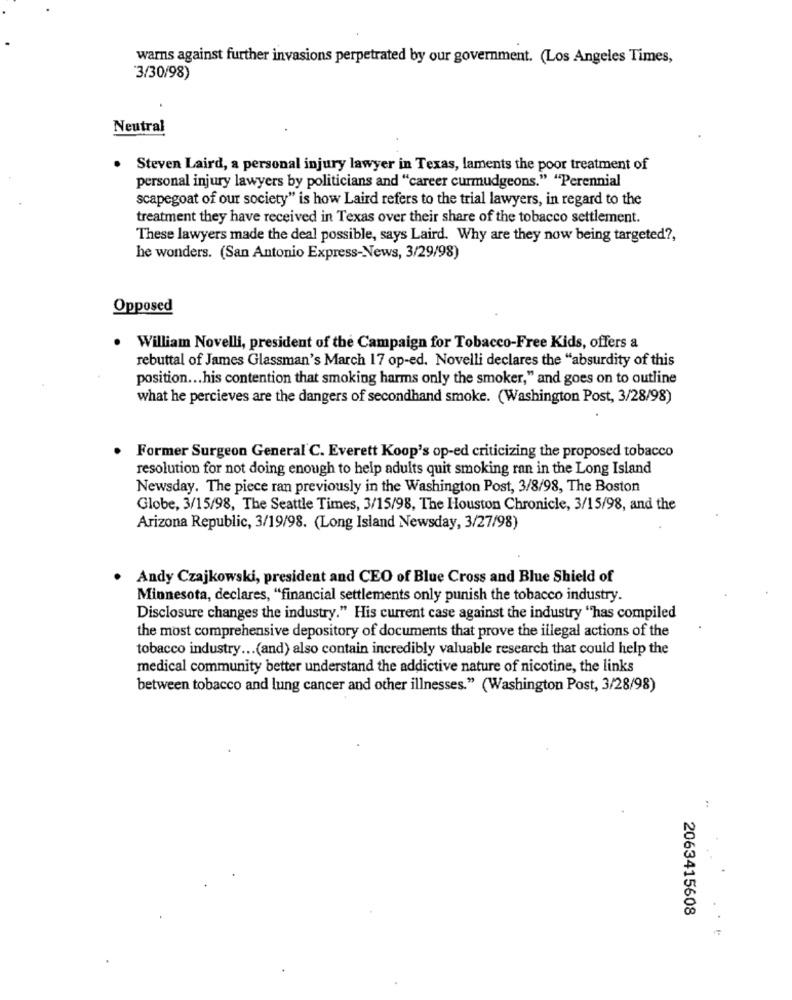
warns against further invasions perpetrated by our government. (Los Angeles Times,
'3/30/98)
Neutral
. Steven Laird, a personal injury lawyer in Texas, laments the poor treatment of
personal injury lawyers by politicians and "career curmudgeons." "Perennial
scapegoat of our society" is how Laird refers to the trial lawyers, in regard to the
treatment they have received in Texas over their share of the tobacco settlement.
These lawyers made the deal possible, says Laird. Why are they now being targeted ?,
he wonders. (San Antonio Express-News, 3/29/98)
Opposed
William Novelli, president of the Campaign for Tobacco-Free Kids, offers a
rebuttal of James Glassman's March 17 op-ed. Novelli declares the "absurdity of this
position ... his contention that smoking harms only the smoker," and goes on to outline
what he percieves are the dangers of secondhand smoke. (Washington Post, 3/28/98)
Former Surgeon General C. Everett Koop's op-ed criticizing the proposed tobacco
resolution for not doing enough to help adults quit smoking ran in the Long Island
Newsday. The piece ran previously in the Washington Post, 3/8/98, The Boston
Globe, 3/15/98, The Seattle Times, 3/15/98, The Houston Chronicle, 3/15/98, and the
Arizona Republic, 3/19/98. (Long Island Newsday, 3/27/98)
Andy Czajkowski, president and CEO of Blue Cross and Blue Shield of
Minnesota, declares, "financial settlements only punish the tobacco industry.
Disclosure changes the industry." His current case against the industry "has compiled
the most comprehensive depository of documents that prove the illegal actions of the
tobacco industry ... (and) also contain incredibly valuable research that could help the
medical community better understand the addictive nature of nicotine, the links
between tobacco and lung cancer and other illnesses." (Washington Post, 3/28/98)
:
2063415608